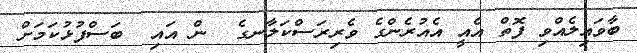
ބާވައިލެއްވި ފޮތް އެއީ އެއުރެންގެ ވެރިރަސްކަލާނގެ  ން އައި  ބަސްފުޅުކަމަށް